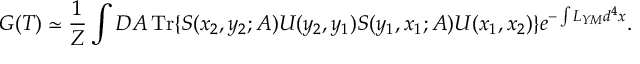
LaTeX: G ( T ) \simeq { \frac { 1 } { Z } } \int { \cal D } A \, \mathrm { T r } \{ S ( x _ { 2 } , y _ { 2 } ; A ) U ( y _ { 2 } , y _ { 1 } ) S ( y _ { 1 } , x _ { 1 } ; A ) U ( x _ { 1 } , x _ { 2 } ) \} e ^ { - \int L _ { Y M } d ^ { 4 } x } .